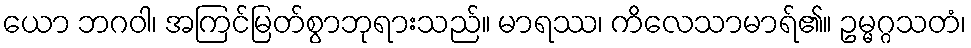
ယော ဘဂဝါ၊ အကြင်မြတ်စွာဘုရားသည်။ မာရဿ၊ ကိလေသာမာရ်၏။ ဥမ္မဂ္ဂသတံ၊